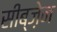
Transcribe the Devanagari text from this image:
सीब्ज़ेन